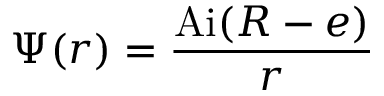
\Psi ( r ) = { \frac { \mathrm { A i } ( R - e ) } { r } }